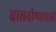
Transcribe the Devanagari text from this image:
चालवीण्यासाठी